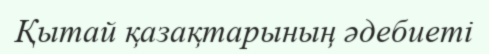
Қытай қазақтарының әдебиеті